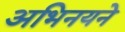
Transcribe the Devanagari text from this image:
अभिनयने